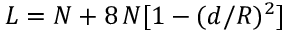
{ \cal L } = { \cal N } + 8 \, { \cal N } [ 1 - ( d / R ) ^ { 2 } ]